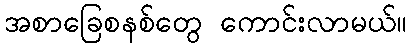
အစာခြေစနစ်တွေ ကောင်းလာမယ်။